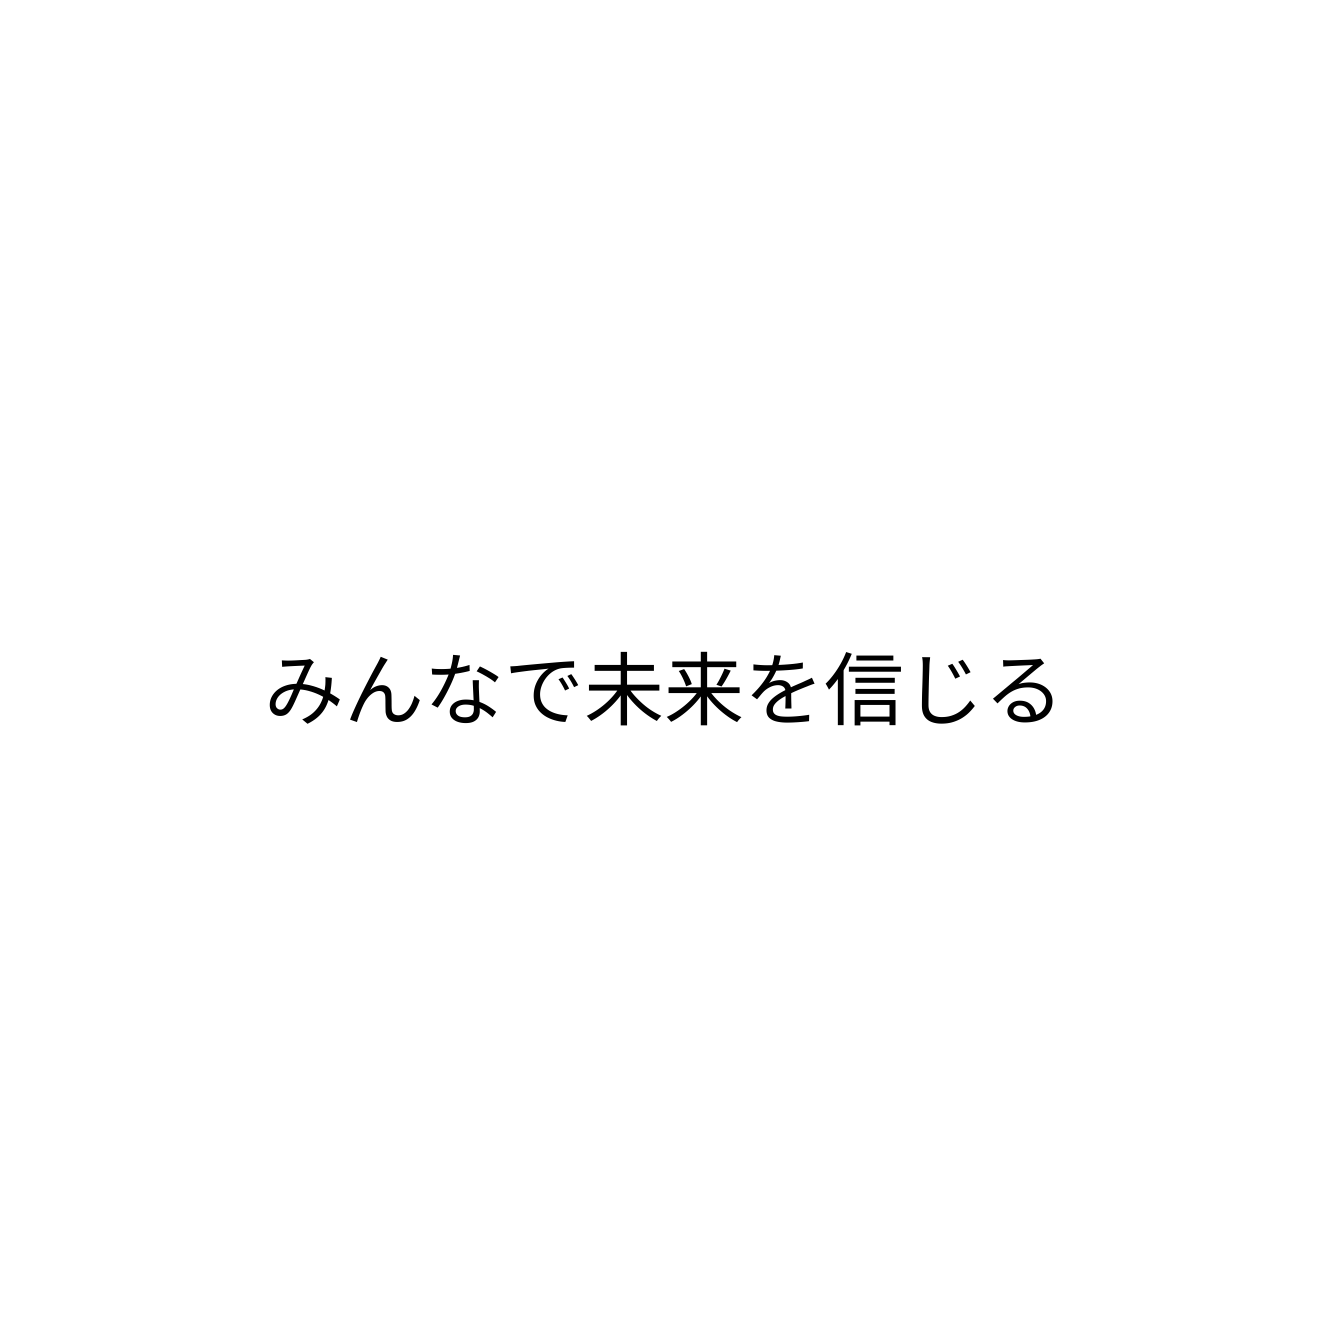
みんなで未来を信じる